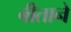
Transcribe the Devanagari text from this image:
बीताने